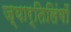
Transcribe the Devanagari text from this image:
ज्यार्तिलिंगों